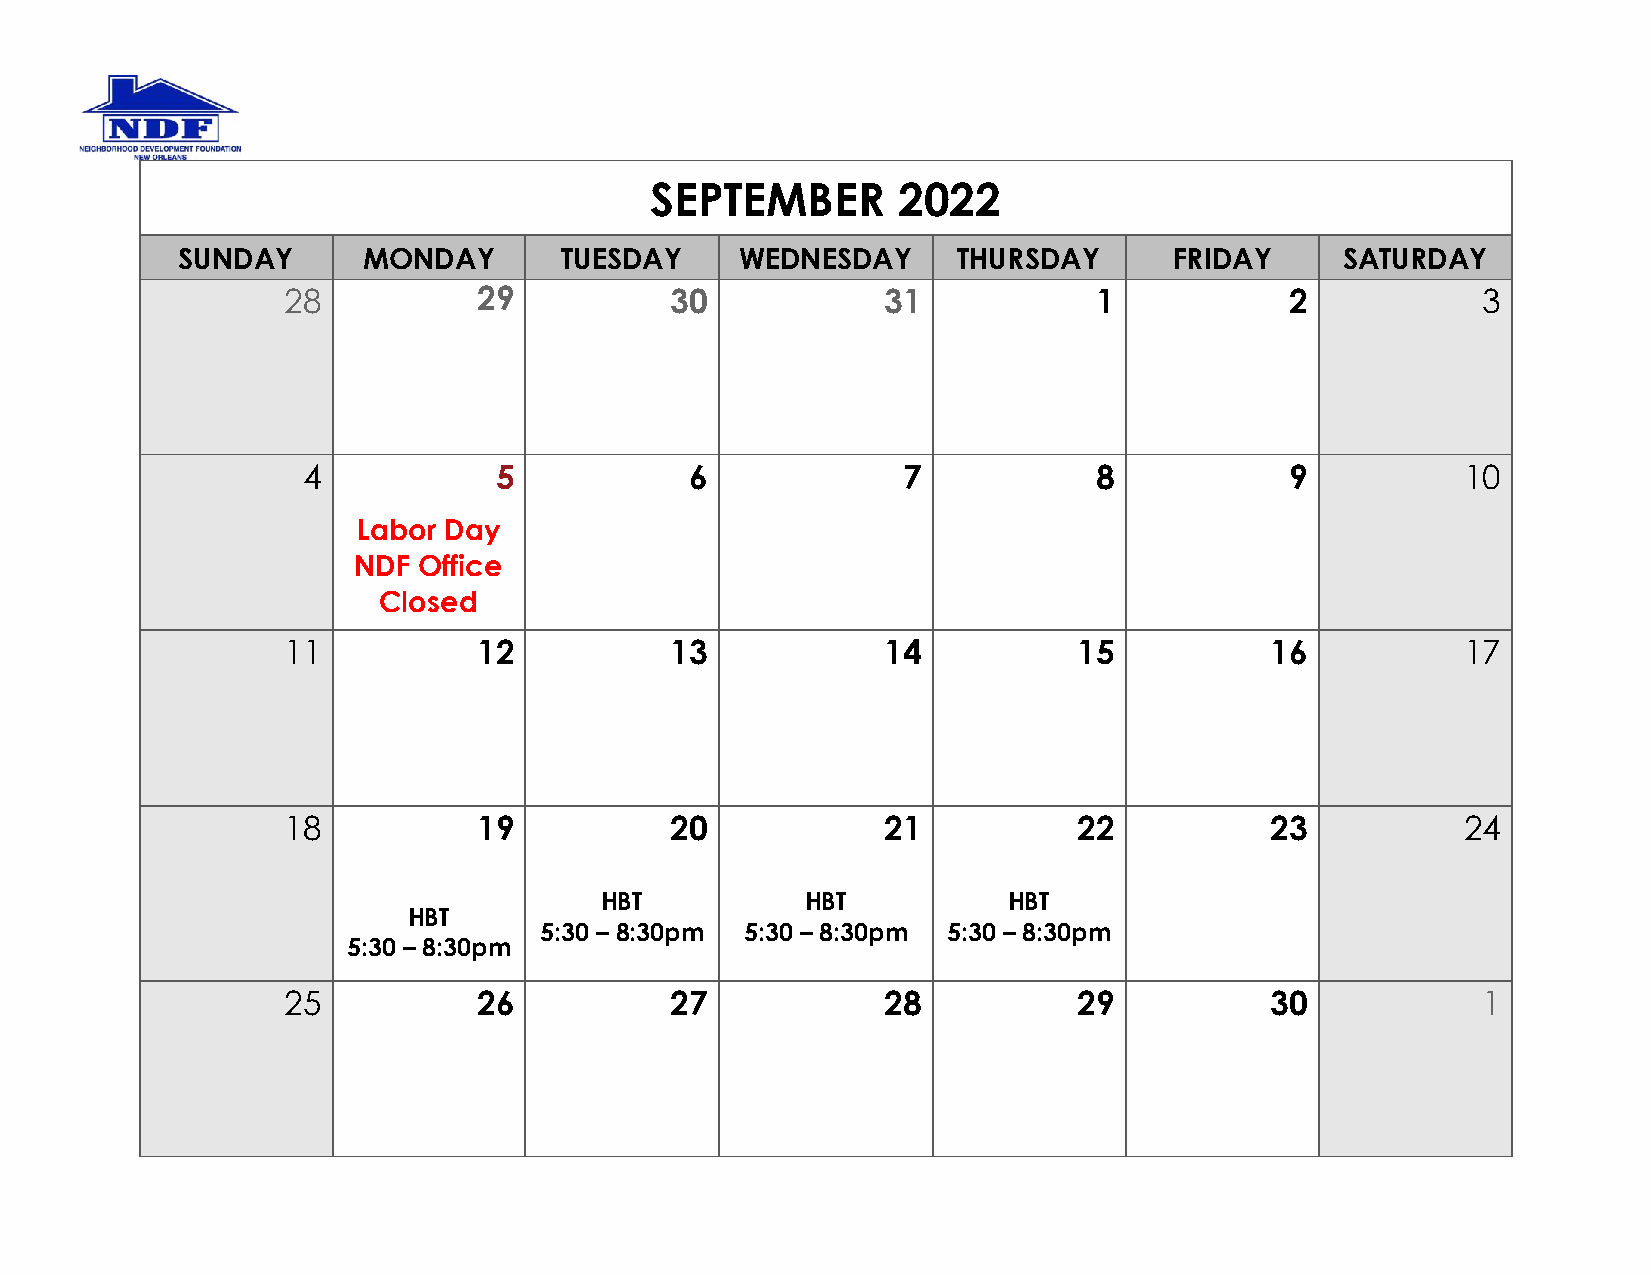
SEPTEMBER       2022
 SUNDAY      MONDAY       TUESDAY     WEDNESDAY     THURSDAY       FRIDAY     SATURDAY
 28           29          30             31            1           2            3
 4            5            6             7            8           9           10
 Labor Day
 NDF  Office
 Closed
 11           12          13             14          15           16           17
 18           19          20             21          22           23           24
 HBT          HBT           HBT
 HBT
 5:30 – 8:30pm 5:30 – 8:30pm 5:30 – 8:30pm
 5:30 – 8:30pm
 25           26          27             28          29           30            1